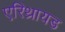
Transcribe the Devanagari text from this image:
एरिथ्रायड